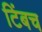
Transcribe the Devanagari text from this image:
टिंबच